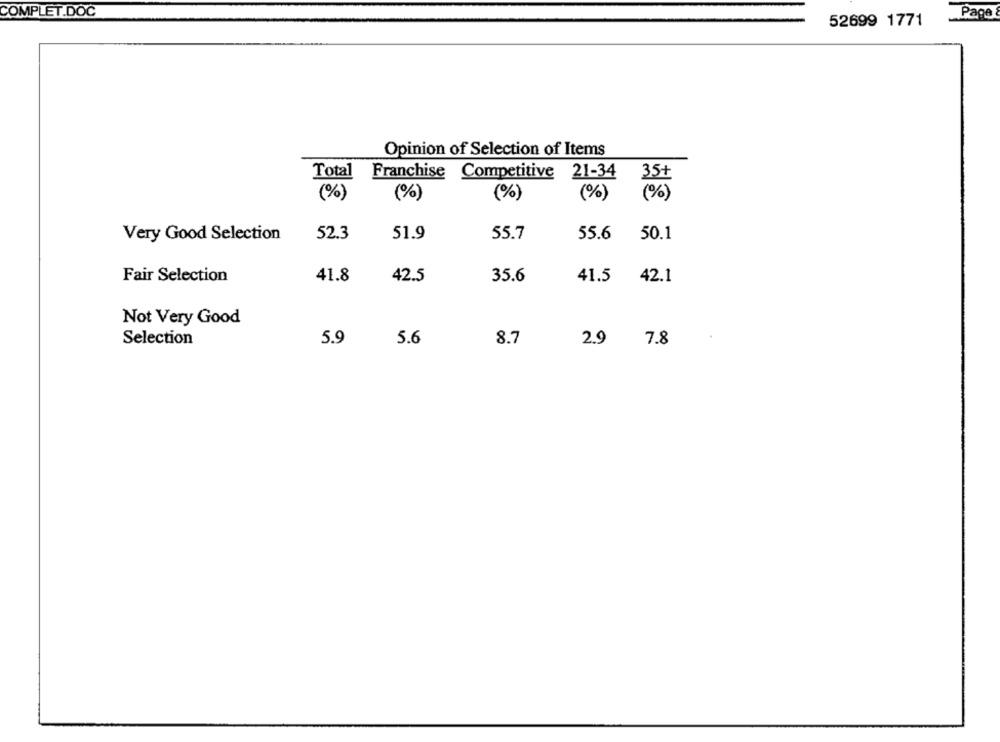
COMPLET.DOC
Page
52699 1771
Opinion of Selection of Items
Total
Franchise Competitive 21-34
(%)
(%)
(%)
(%)
Very Good Selection
52.3
51.9
55.7
55.6 50.1
Fair Selection
41.8
42.5
35.6
41.5
42.1
Not Very Good
Selection
5.9
5.6
8.7
2.9
7.8